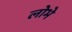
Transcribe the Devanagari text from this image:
लोभे